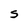
Character: S